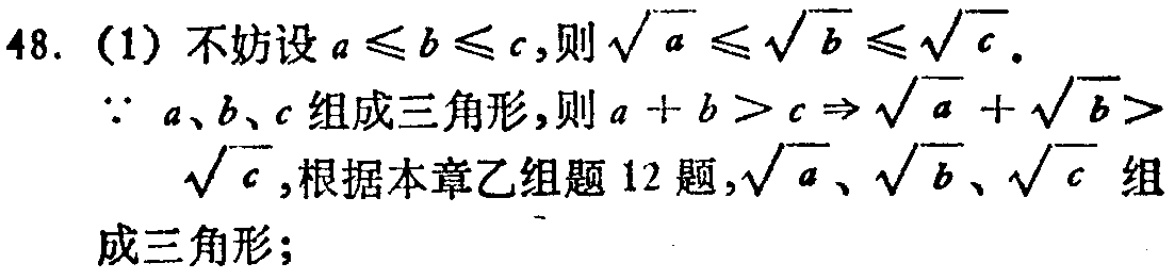
48. (1) 不妨设 \(a\leqslant b\leqslant c\), 则 \(\sqrt{a}\leqslant\sqrt{b}\leqslant\sqrt{c}\).

\(\because a\)、\(b\)、\(c\) 组成三角形, 则 \(a + b>c\Rightarrow\sqrt{a}+\sqrt{b}>

\sqrt{c}\), 根据本章乙组题 12 题, \(\sqrt{a}\)、\(\sqrt{b}\)、\(\sqrt{c}\) 组成三角形;